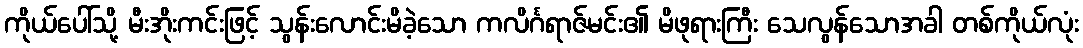
ကိုယ်ပေါ်သို့ မီးအိုးကင်းဖြင့် သွန်းလောင်းမိခဲ့သော ကလိင်္ဂရာဇ်မင်း၏ မိဖုရားကြီး သေလွန်သောအခါ တစ်ကိုယ်လုံး